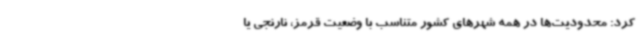
کرد: محدودیت‌ها در همه شهرهای کشور متناسب با وضعیت قرمز، نارنجی یا